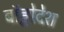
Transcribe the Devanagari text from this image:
बॉङ्गोदेश